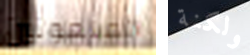
الملعونين ولكنة